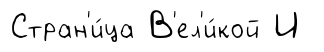
Стран'и́ца В'ел'и́кой И